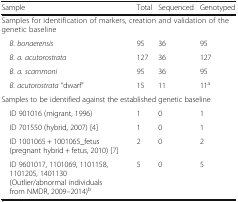
<table><thead><tr><td><b>Sample</b></td><td><b>Total</b></td><td><b>Sequenced</b></td><td><b>Genotyped</b></td></tr></thead><tbody><tr><td colspan="4">Samples for identification of markers, creation and validation of the genetic baseline</td></tr><tr><td> <i>B. bonaerensis</i></td><td>95</td><td>36</td><td>95</td></tr><tr><td> <i>B. a. acutorostrata</i></td><td>127</td><td>36</td><td>127</td></tr><tr><td> <i>B. a. scammoni</i></td><td>95</td><td>36</td><td>95</td></tr><tr><td> <i>B. acutorostrata</i> “dwarf”</td><td>15</td><td>11</td><td>11<sup>a</sup></td></tr><tr><td colspan="4">Samples to be identified against the established genetic baseline</td></tr><tr><td> ID 901016 (migrant, 1996)</td><td>1</td><td>0</td><td>1</td></tr><tr><td> ID 701550 (hybrid, 2007) [4]</td><td>1</td><td>0</td><td>1</td></tr><tr><td> ID 1001065 + 1001065_fetus (pregnant hybrid + fetus, 2010) [7]</td><td>2</td><td>0</td><td>2</td></tr><tr><td> ID 9601017, 1101069, 1101158, 1101205, 1401130 (Outlier/abnormal individuals from NMDR, 2009–2014)<sup>b</sup></td><td>5</td><td>0</td><td>5</td></tr></tbody></table>